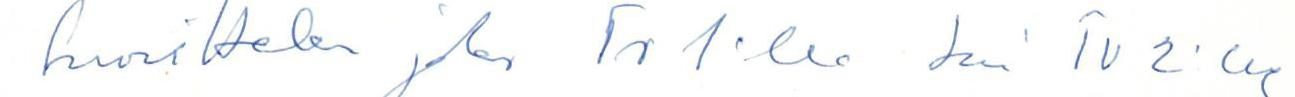
Suosittelen joko TV 1:lle tai TV 2:lle